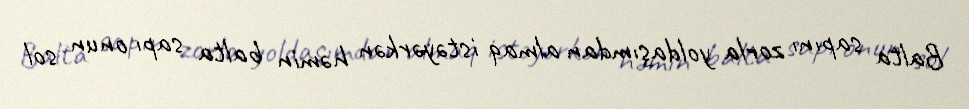
Balta sapını zorla yoldaşımdan almaq istəyərkən həmin balta sapı onun sol